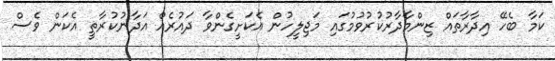
ކަމާ ބެހޭ އިދާރާތައް ޒިންމާދާރުކުރުވުމުގައި މަޖިލީހުން އެކަށީގެންވާ ދައުރެއް އަދާނުކުރާތީ އެކަން ވެސް